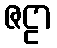
ဇဠာ